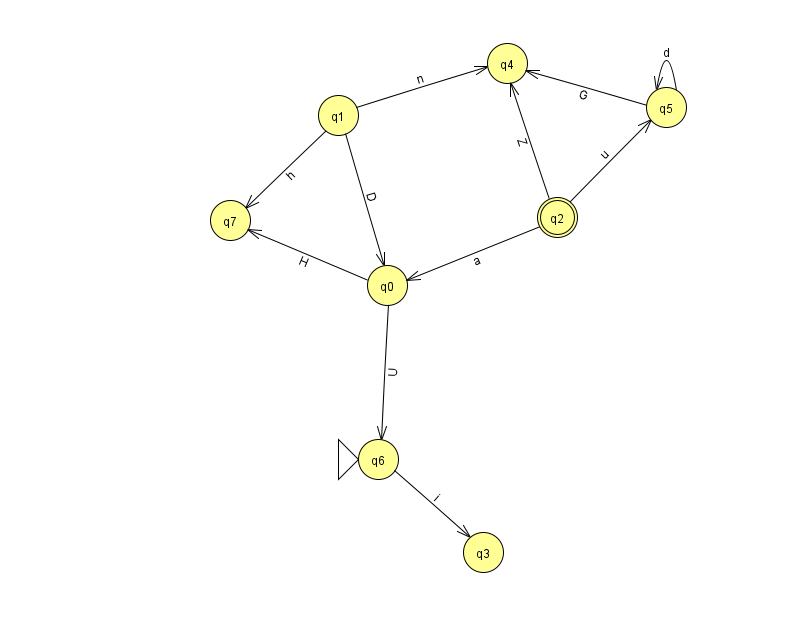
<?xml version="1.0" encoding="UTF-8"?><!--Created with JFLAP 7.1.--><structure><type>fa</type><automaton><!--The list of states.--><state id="0" name="q0"><x>387.0</x><y>272.0</y></state><state id="1" name="q1"><x>338.0</x><y>102.0</y></state><state id="2" name="q2"><x>557.0</x><y>204.0</y><final/></state><state id="3" name="q3"><x>483.0</x><y>539.0</y></state><state id="4" name="q4"><x>507.0</x><y>50.0</y></state><state id="5" name="q5"><x>666.0</x><y>94.0</y></state><state id="6" name="q6"><x>378.0</x><y>446.0</y><initial/></state><state id="7" name="q7"><x>230.0</x><y>207.0</y></state><!--The list of transitions.--><transition><from>2</from><to>4</to><read>Z</read></transition><transition><from>0</from><to>7</to><read>H</read></transition><transition><from>2</from><to>5</to><read>u</read></transition><transition><from>0</from><to>6</to><read>U</read></transition><transition><from>1</from><to>4</to><read>n</read></transition><transition><from>5</from><to>5</to><read>d</read></transition><transition><from>5</from><to>4</to><read>G</read></transition><transition><from>1</from><to>7</to><read>h</read></transition><transition><from>2</from><to>0</to><read>a</read></transition><transition><from>6</from><to>3</to><read>i</read></transition><transition><from>1</from><to>0</to><read>D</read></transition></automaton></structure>